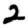
Digit: 2